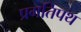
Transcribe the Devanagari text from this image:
प्रगतिपथ